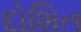
દોશિત